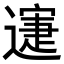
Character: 𨖋